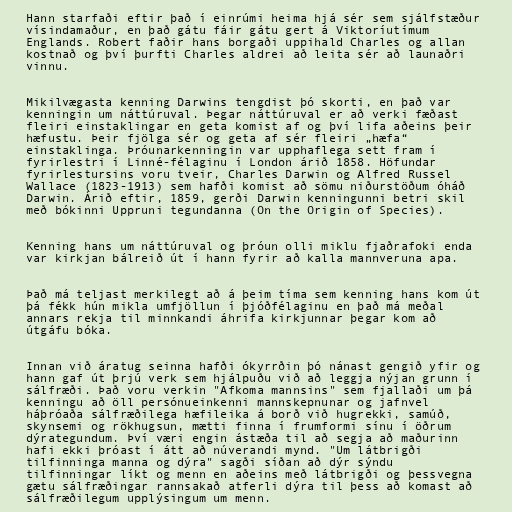
Hann starfaði eftir það í einrúmi heima hjá sér sem sjálfstæður
vísindamaður, en það gátu fáir gátu gert á Viktoríutímum
Englands. Robert faðir hans borgaði uppihald Charles og allan
kostnað og því þurfti Charles aldrei að leita sér að launaðri
vinnu.

Mikilvægasta kenning Darwins tengdist þó skorti, en það var
kenningin um náttúruval. Þegar náttúruval er að verki fæðast
fleiri einstaklingar en geta komist af og því lifa aðeins þeir
hæfustu. Þeir fjölga sér og geta af sér fleiri „hæfa“
einstaklinga. Þróunarkenningin var upphaflega sett fram í
fyrirlestri í Linné-félaginu í London árið 1858. Höfundar
fyrirlestursins voru tveir, Charles Darwin og Alfred Russel
Wallace (1823-1913) sem hafði komist að sömu niðurstöðum óháð
Darwin. Árið eftir, 1859, gerði Darwin kenningunni betri skil
með bókinni Uppruni tegundanna (On the Origin of Species).

Kenning hans um náttúruval og þróun olli miklu fjaðrafoki enda
var kirkjan bálreið út í hann fyrir að kalla mannveruna apa.

Það má teljast merkilegt að á þeim tíma sem kenning hans kom út
þá fékk hún mikla umfjöllun í þjóðfélaginu en það má meðal
annars rekja til minnkandi áhrifa kirkjunnar þegar kom að
útgáfu bóka.

Innan við áratug seinna hafði ókyrrðin þó nánast gengið yfir og
hann gaf út þrjú verk sem hjálpuðu við að leggja nýjan grunn í
sálfræði. Það voru verkin "Afkoma mannsins" sem fjallaði um þá
kenningu að öll persónueinkenni mannskepnunar og jafnvel
háþróaða sálfræðilega hæfileika á borð við hugrekki, samúð,
skynsemi og rökhugsun, mætti finna í frumformi sínu í öðrum
dýrategundum. Því væri engin ástæða til að segja að maðurinn
hafi ekki þróast í átt að núverandi mynd. "Um látbrigði
tilfinninga manna og dýra" sagði síðan að dýr sýndu
tilfinningar líkt og menn en aðeins með látbrigði og þessvegna
gætu sálfræðingar rannsakað atferli dýra til þess að komast að
sálfræðilegum upplýsingum um menn.